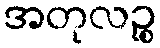
အတုလဉ္စ